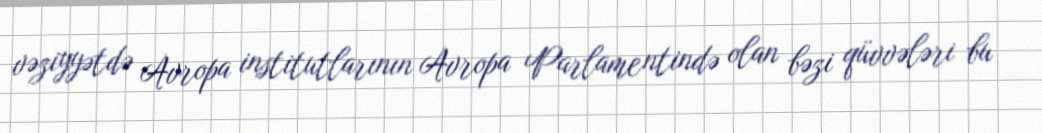
vəziyyətdə Avropa institutlarının Avropa Parlamentində olan bəzi qüvvələri bu